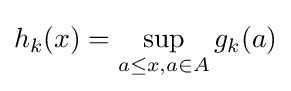
h_{k}(x)=\sup _{a\leq x,a\in A}g_{k}(a)